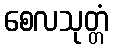
စေလသုတ္တံ